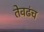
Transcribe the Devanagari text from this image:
तेवढंच